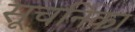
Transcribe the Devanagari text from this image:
सूचनिका